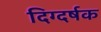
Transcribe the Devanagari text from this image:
दिग्दर्षक